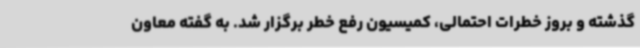
گذشته و بروز خطرات احتمالی، کمیسیون رفع خطر برگزار شد. به گفته معاون